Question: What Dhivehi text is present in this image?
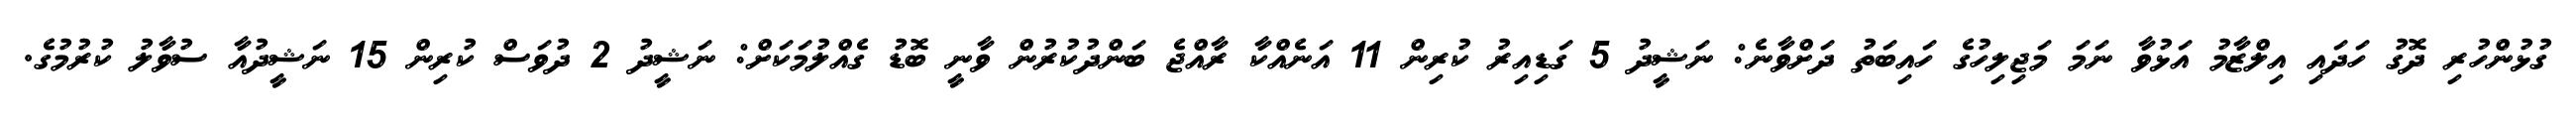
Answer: ގުޅުންހުރި ދޮގު ހަދައި އިލްޒާމު އަޅުވާ ނަމަ މަޖިލިހުގެ ހައިބަތު ދަށްވާނެ: ނަޝީދު 5 ގަޑިއިރު ކުރިން 11 އަނެއްކާ ރާއްޖެ ބަންދުކުރުން ވާނީ ބޮޑު ގެއްލުމަކަށް: ނަޝީދު 2 ދުވަސް ކުރިން 15 ނަޝީދުއާ ސުވާލު ކުރުމުގެ.